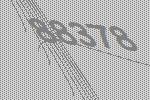
88378